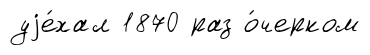
уjе́хал 1870 раз о́черком